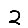
Digit: 2